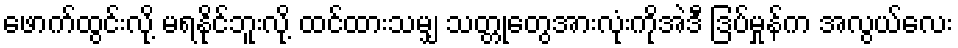
ဖောက်ထွင်းလို့ မရနိုင်ဘူးလို့ ထင်ထားသမျှ သတ္တုတွေအားလုံးကိုအဲဒီ ဒြပ်မှုန်က အလွယ်လေး